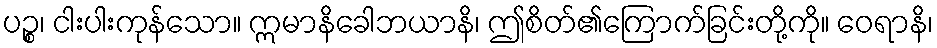
ပဉ္စ၊ ငါးပါးကုန်သော။ ဣမာနိခေါဘယာနိ၊ ဤစိတ်၏ကြောက်ခြင်းတို့ကို။ ဝေရာနိ၊